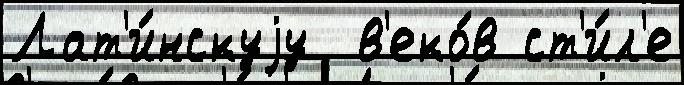
Лат'и́нскуjу  в'еко́в ст'и́л'е